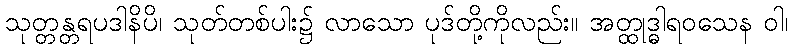
သုတ္တန္တရပဒါနိပိ၊ သုတ်တစ်ပါး၌ လာသော ပုဒ်တို့ကိုလည်း။ အတ္ထုဒ္ဓါရဝသေန ဝါ၊